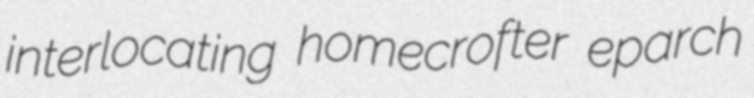
interlocating homecrofter eparch